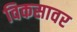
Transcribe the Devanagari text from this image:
विकसावर